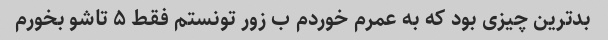
بدترین چیزی بود که به عمرم خوردم ب زور تونستم فقط ۵ تاشو بخورم